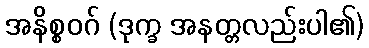
အနိစ္စဝဂ် (ဒုက္ခ အနတ္တလည်းပါ၏)